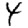
Digit: 4